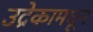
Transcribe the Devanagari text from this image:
उद्रेकामधून